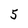
Character: 5